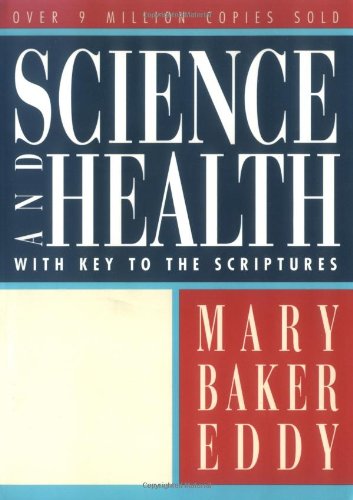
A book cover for Science and Health with Key to the Scriptures (Authorized, Trade Ed.); Mary Baker Eddy; Christian Books & Bibles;